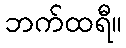
ဘက်ထရီ။